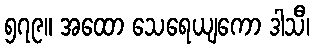
၅၇၉။ အထော သေရေယျကော ဒါသီ၊